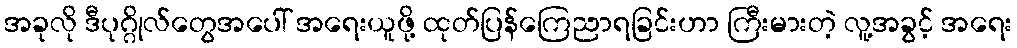
အခုလို ဒီပုဂ္ဂိုလ်တွေအပေါ် အရေးယူဖို့ ထုတ်ပြန်ကြေညာရခြင်းဟာ ကြီးမားတဲ့ လူ့အခွင့် အရေး